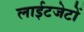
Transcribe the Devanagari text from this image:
लाईटजेटों